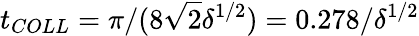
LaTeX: t_{COLL}=\pi/(8\sqrt{2}\delta^{1/2})=0.278/\delta^{1/2}